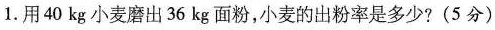
1.用40kg小麦磨出36kg面粉，小麦的出粉率是多少?(5分)